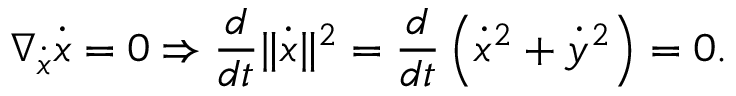
\nabla _ { \Dot { \boldsymbol x } } \Dot { \boldsymbol { x } } = 0 \Rightarrow \frac { d } { d t } \| \dot { \boldsymbol { x } } \| ^ { 2 } = \frac { d } { d t } \left( \dot { x } ^ { 2 } + \dot { y } ^ { 2 } \right) = 0 .